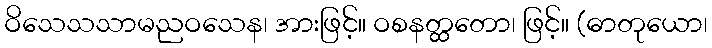
ဝိသေသသာမညဝသေန၊ အားဖြင့်။ ဝစနတ္ထတော၊ ဖြင့်။ (ဓာတုယော၊